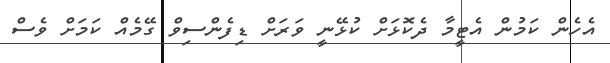
އެހެން ކަމުން އެޓީމާ ދެކޮޅަށް ކުޅޭނީ ވަރަށް ޑިފެންސިވް ގޭމެއް ކަމަށް ވެސް